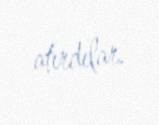
atırdılar.